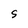
Character: S